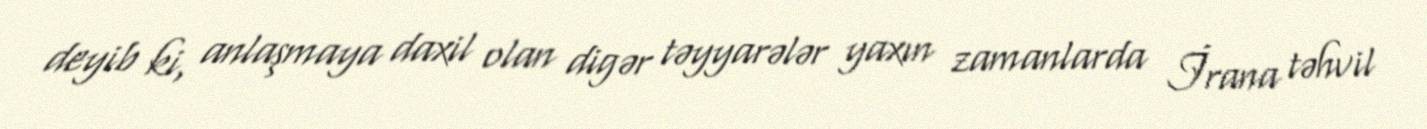
deyib ki, anlaşmaya daxil olan digər təyyarələr yaxın zamanlarda İrana təhvil